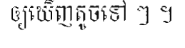
ឲ្យឃើញតូចទៅ ៗ ។